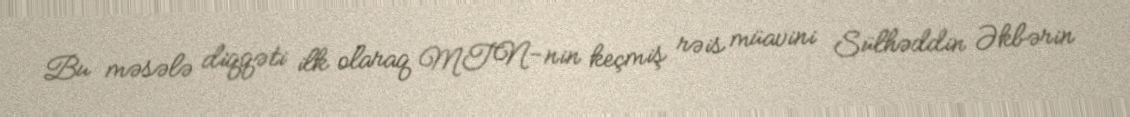
Bu məsələ diqqəti ilk olaraq MTN-nin keçmiş rəis müavini Sülhəddin Əkbərin